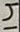
Text: 14